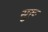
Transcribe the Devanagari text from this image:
सुरू